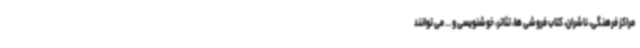
مراکز فرهنگی، ناشران، کتاب فروشی ها، تئاتر، خوشنویسی و ..‌. می توانند